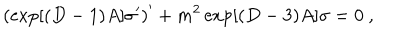
LaTeX: \left( \exp [ ( D - 1 ) A ] \sigma ^ { \prime } \right) ^ { \prime } + m ^ { 2 } \exp [ ( D - 3 ) A ] \sigma = 0 ~ ,